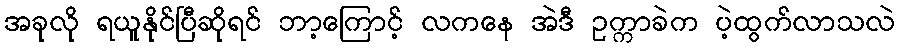
အခုလို ရယူနိုင်ပြီဆိုရင် ဘာ့ကြောင့် လကနေ အဲဒီ ဥက္ကာခဲက ပဲ့ထွက်လာသလဲ